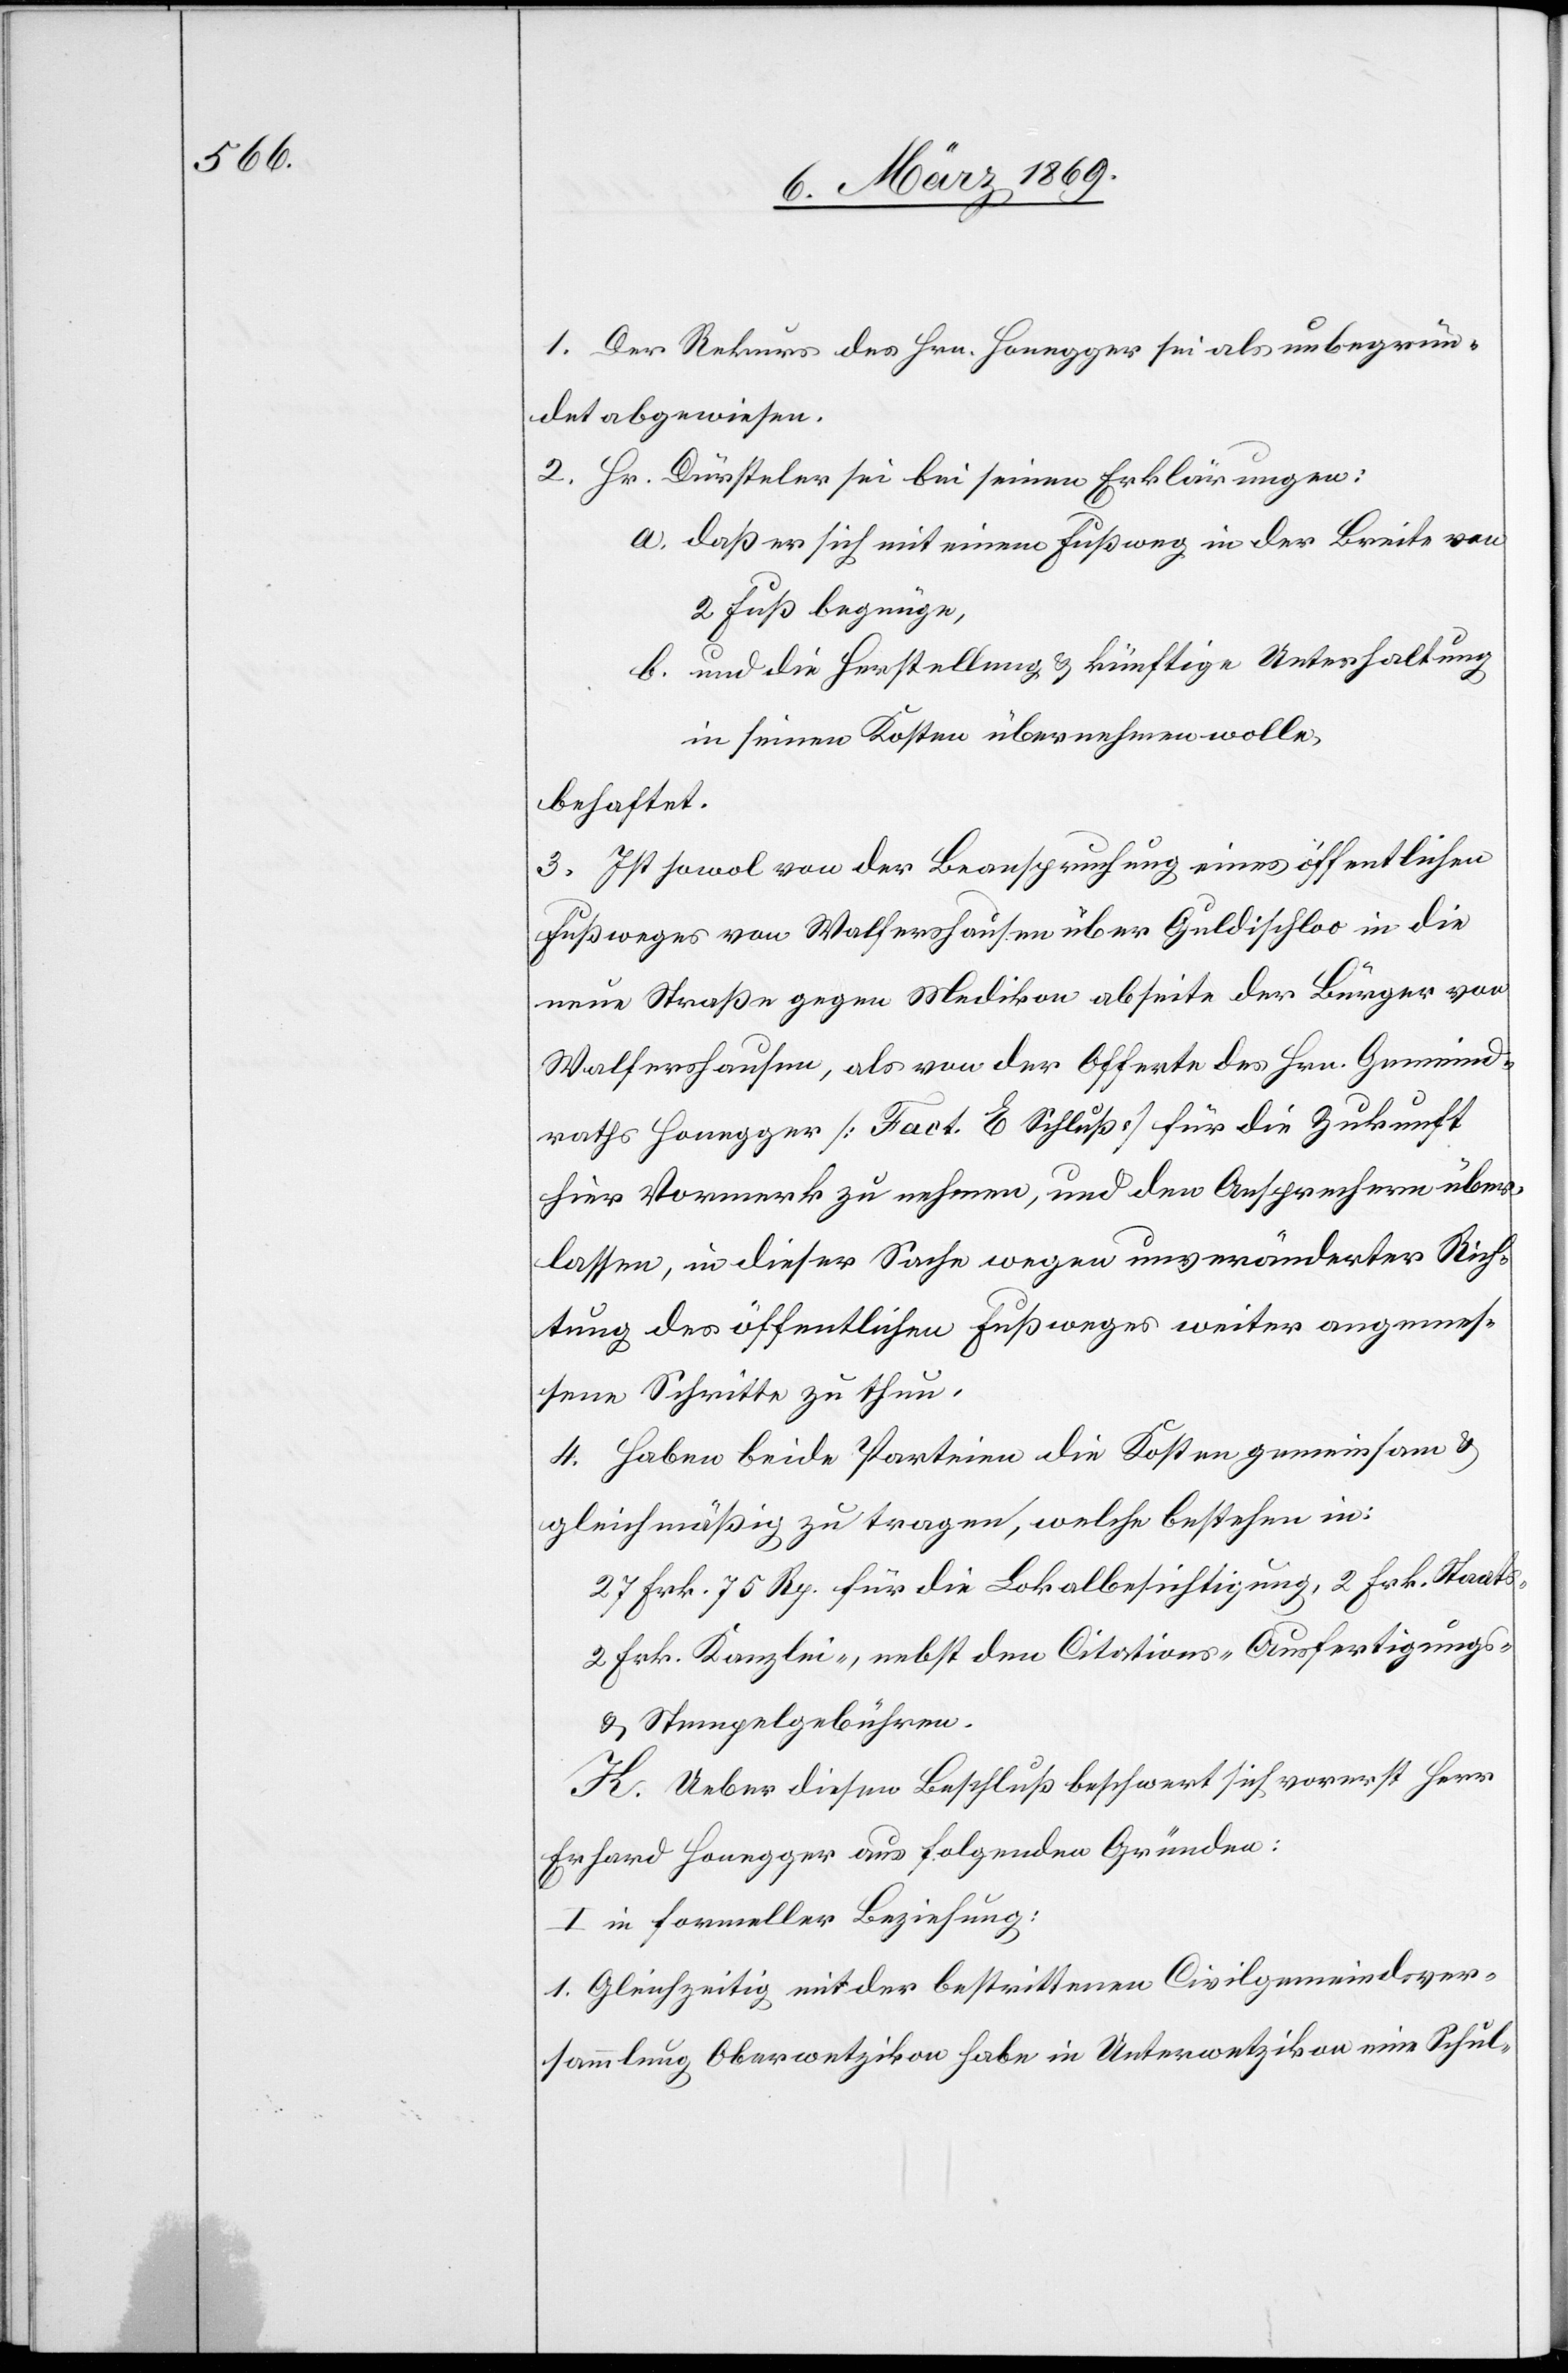
1. Der Rekurs des Hrn. Honegger sei als unbegrün¬
det abgewiesen.
2. Hr. Dürsteler sei bei seinen Erklärungen:
a. daß er sich mit einem Fußweg in der Breite von
2 Fuß begnüge,
b. und die Herstellung & künftige Unterhaltung
in seinen Kosten übernehmen wolle,
behaftet.
3. Ist sowol von der Beanspruchung eines öffentlichen
Fußweges von Walfershausen über Guldischloo in die
neue Straße gegen Medikon abseite der Bürger von
Walfershausen, als von der Offerte des Hrn. Gemeind¬
raths Honegger [Fact. E Schluß] für die Zukunft
hier Vormerk zu nehmen, und den Ansprechern über¬
lassen, in dieser Sache wegen unveränderter Rich¬
tung des öffentlichen Fußweges weiter angemes¬
sene Schritte zu thun.
4. Haben beide Parteien die Kosten gemeinsam &
gleichmäßig zu tragen, welche bestehen in:
27 Frk. 75 Rp. für die Lokalbesichtigung, 2 Frk. Staats-[,]
2 Frk. Kanzlei-, nebst den Citations-[,] Ausfertigungs-
& Stempelgebühren.
K. Ueber diesen Beschluß beschwert sich vorerst Herr
Erhard Honegger aus folgenden Gründen:
I. in formeller Beziehung:
1. Gleichzeitig mit der bestrittenen Civilgemeindsver¬
sammlung Oberwetzikon habe in Unterwetzikon eine Schul-